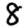
Digit: 8